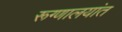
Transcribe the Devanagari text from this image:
रूग्णालयांत